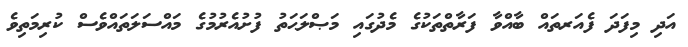
އަދި މިފަދަ ފެއަރތައް ބާއްވާ ފަރާތްތަކުގެ މެދުގައި މަޞްލަޙަތު ފުށުއެރުމުގެ މައްސަލަތައްވެސް ކުރިމަތިވެ